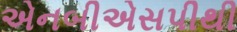
એનબીએસપીથી